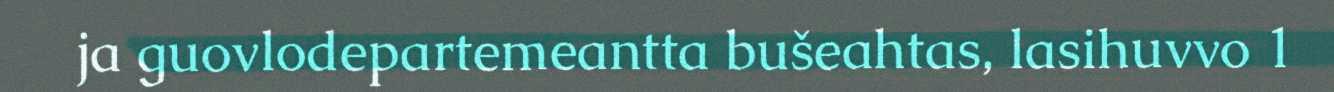
ja guovlodepartemeantta bušeahtas, lasihuvvo 1